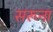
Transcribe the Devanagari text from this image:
सरूना